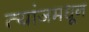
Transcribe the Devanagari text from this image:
त्यांजमधून